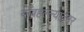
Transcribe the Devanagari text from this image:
बाँबहल्ल्यानंतर